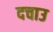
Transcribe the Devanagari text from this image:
दचाउ